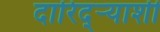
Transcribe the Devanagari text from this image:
दारिद्ऱ्याशी